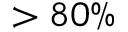
> 8 0 \%